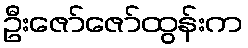
ဦးဇော်ဇော်ထွန်းက